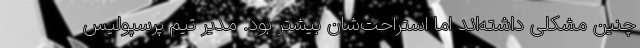
چنین مشکلی داشته‌اند اما استراحت‌شان بیشتر بود. مدیر تیم پرسپولیس